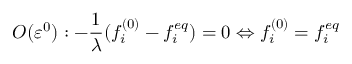
O ( \varepsilon ^ { 0 } ) : - \frac { 1 } { \lambda } ( f _ { i } ^ { ( 0 ) } - f _ { i } ^ { e q } ) = 0 \Leftrightarrow f _ { i } ^ { ( 0 ) } = f _ { i } ^ { e q }